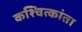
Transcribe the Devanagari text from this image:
कश्चित्कांता